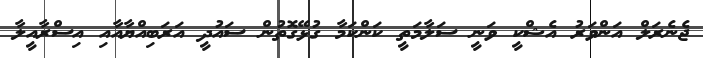
ޖެނެރަލް އަންވަރު އެޝްކީ ވަނީ ސަލާމަތީ ކަންކަމާ ގުޅޭގޮތުން ސައުދީ އަރަބިއްޔާއާއި އިސްރާއީލާ